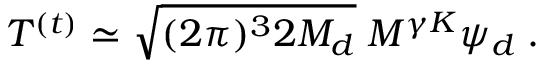
T ^ { ( t ) } \simeq \sqrt { ( 2 \pi ) ^ { 3 } 2 M _ { d } } \; M ^ { \gamma K } \psi _ { d } \; .